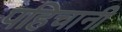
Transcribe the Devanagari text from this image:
पहिचानी